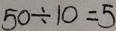
5 0 \div 1 0 = 5